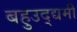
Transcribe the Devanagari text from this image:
बहुउद्द्यमी